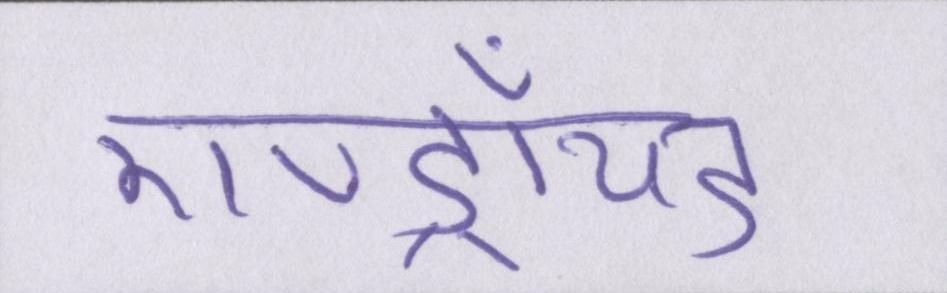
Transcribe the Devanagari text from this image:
एण्ड्रॉयड